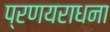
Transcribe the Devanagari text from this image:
प्रणयराधना